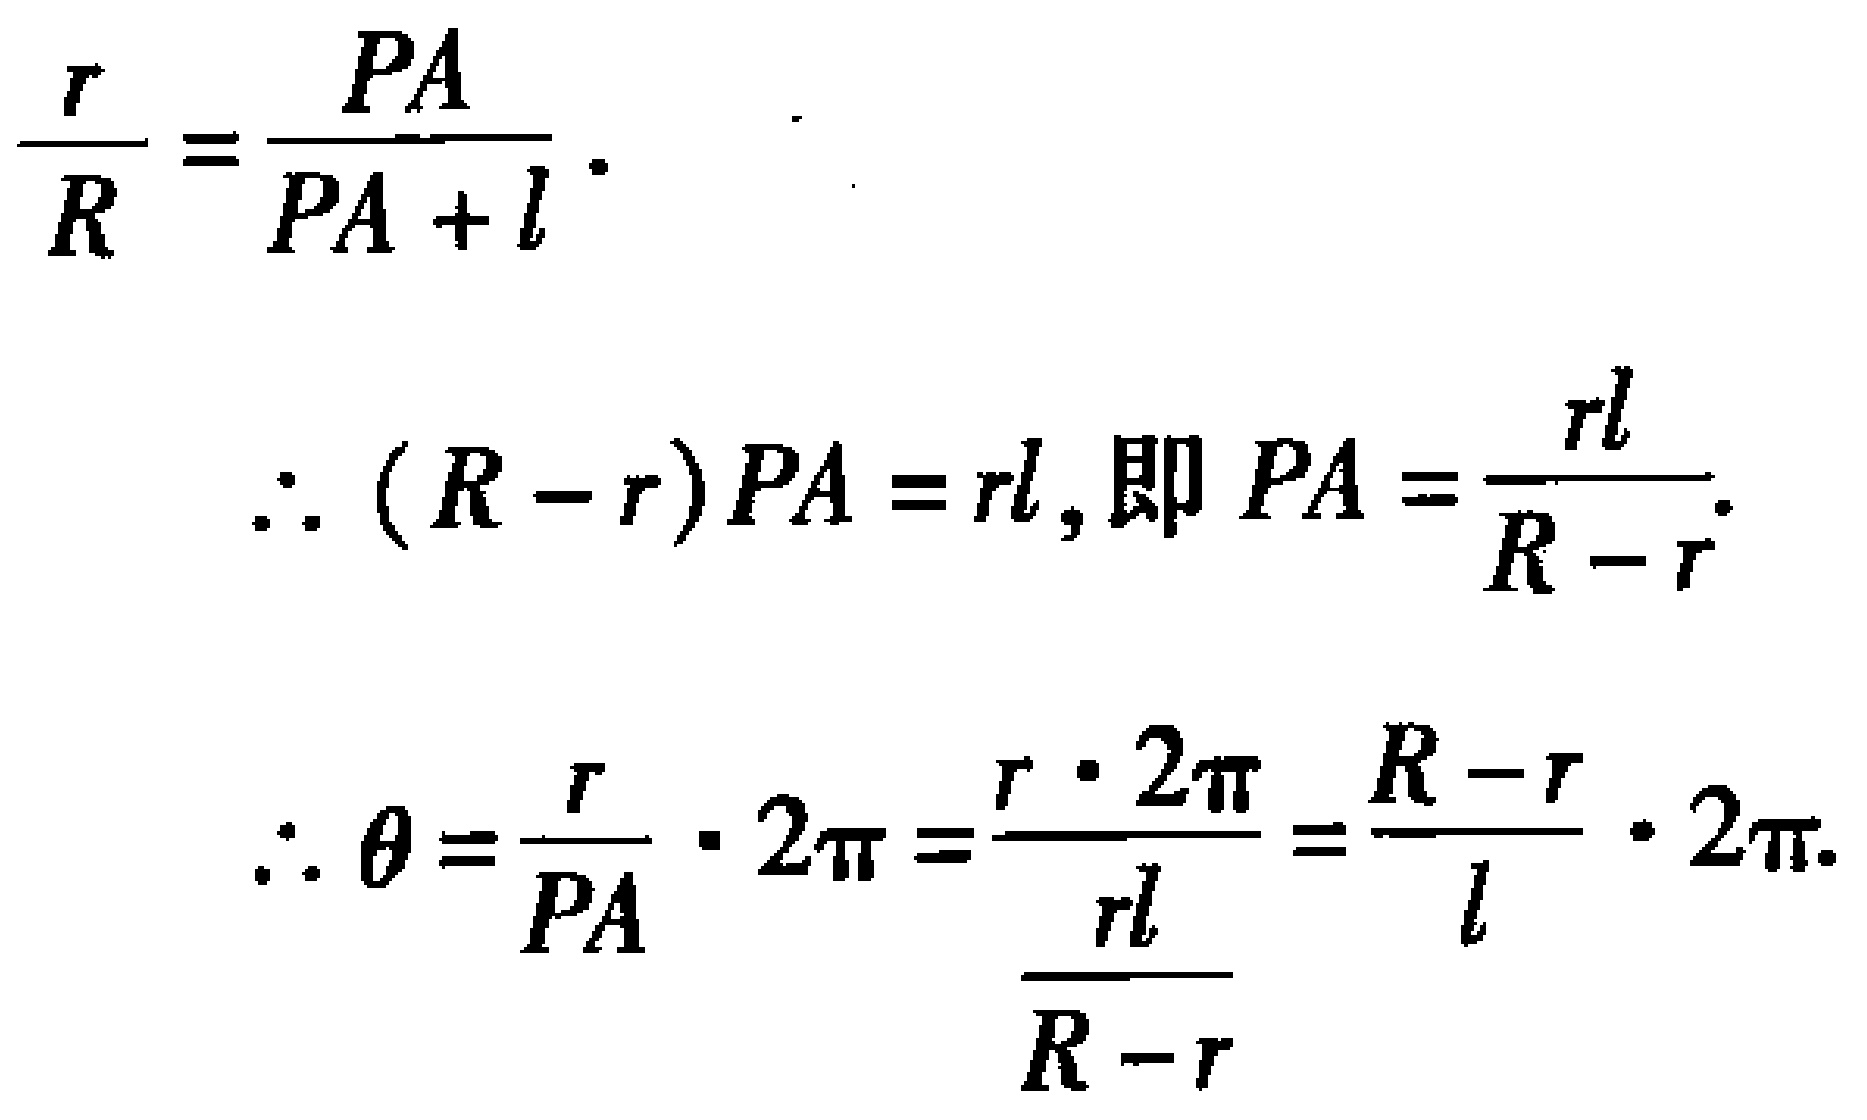
\[\begin{align*}
\frac{r}{R}&=\frac{PA}{PA + l}.\\
\therefore (R - r)PA&=rl,\text{ 即 }PA=\frac{rl}{R - r}.\\
\therefore \theta&=\frac{r}{PA}\cdot 2\pi=\frac{r\cdot 2\pi}{\frac{rl}{R - r}}=\frac{R - r}{l}\cdot 2\pi.
\end{align*}\]